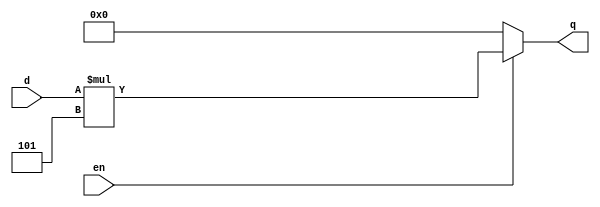
`timescale 1ns / 1ps
//////////////////////////////////////////////////////////////////////////////////
// Company: 
// Engineer: 
// 
// Design Name: 
// Module Name: scaler_5
// Project Name: 
// Target Devices: 
// Tool Versions: 
// Description: 
// 
// Dependencies: 
// 
// Revision:
// Revision 0.01 - File Created
// Additional Comments:
// 
//////////////////////////////////////////////////////////////////////////////////


module scaler (
    input en,
    input [1:0] d,
    output [3:0] q
    );
    
    // if the scaler is enabled, multiply the input by 5, or else just output 0.
    assign q = en ? (d * 5) : 4'b0000;
    
endmodule